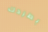
بطردك